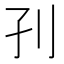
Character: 𡥁